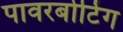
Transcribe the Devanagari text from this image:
पावरबोटिंग